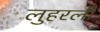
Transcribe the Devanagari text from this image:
लुहरली